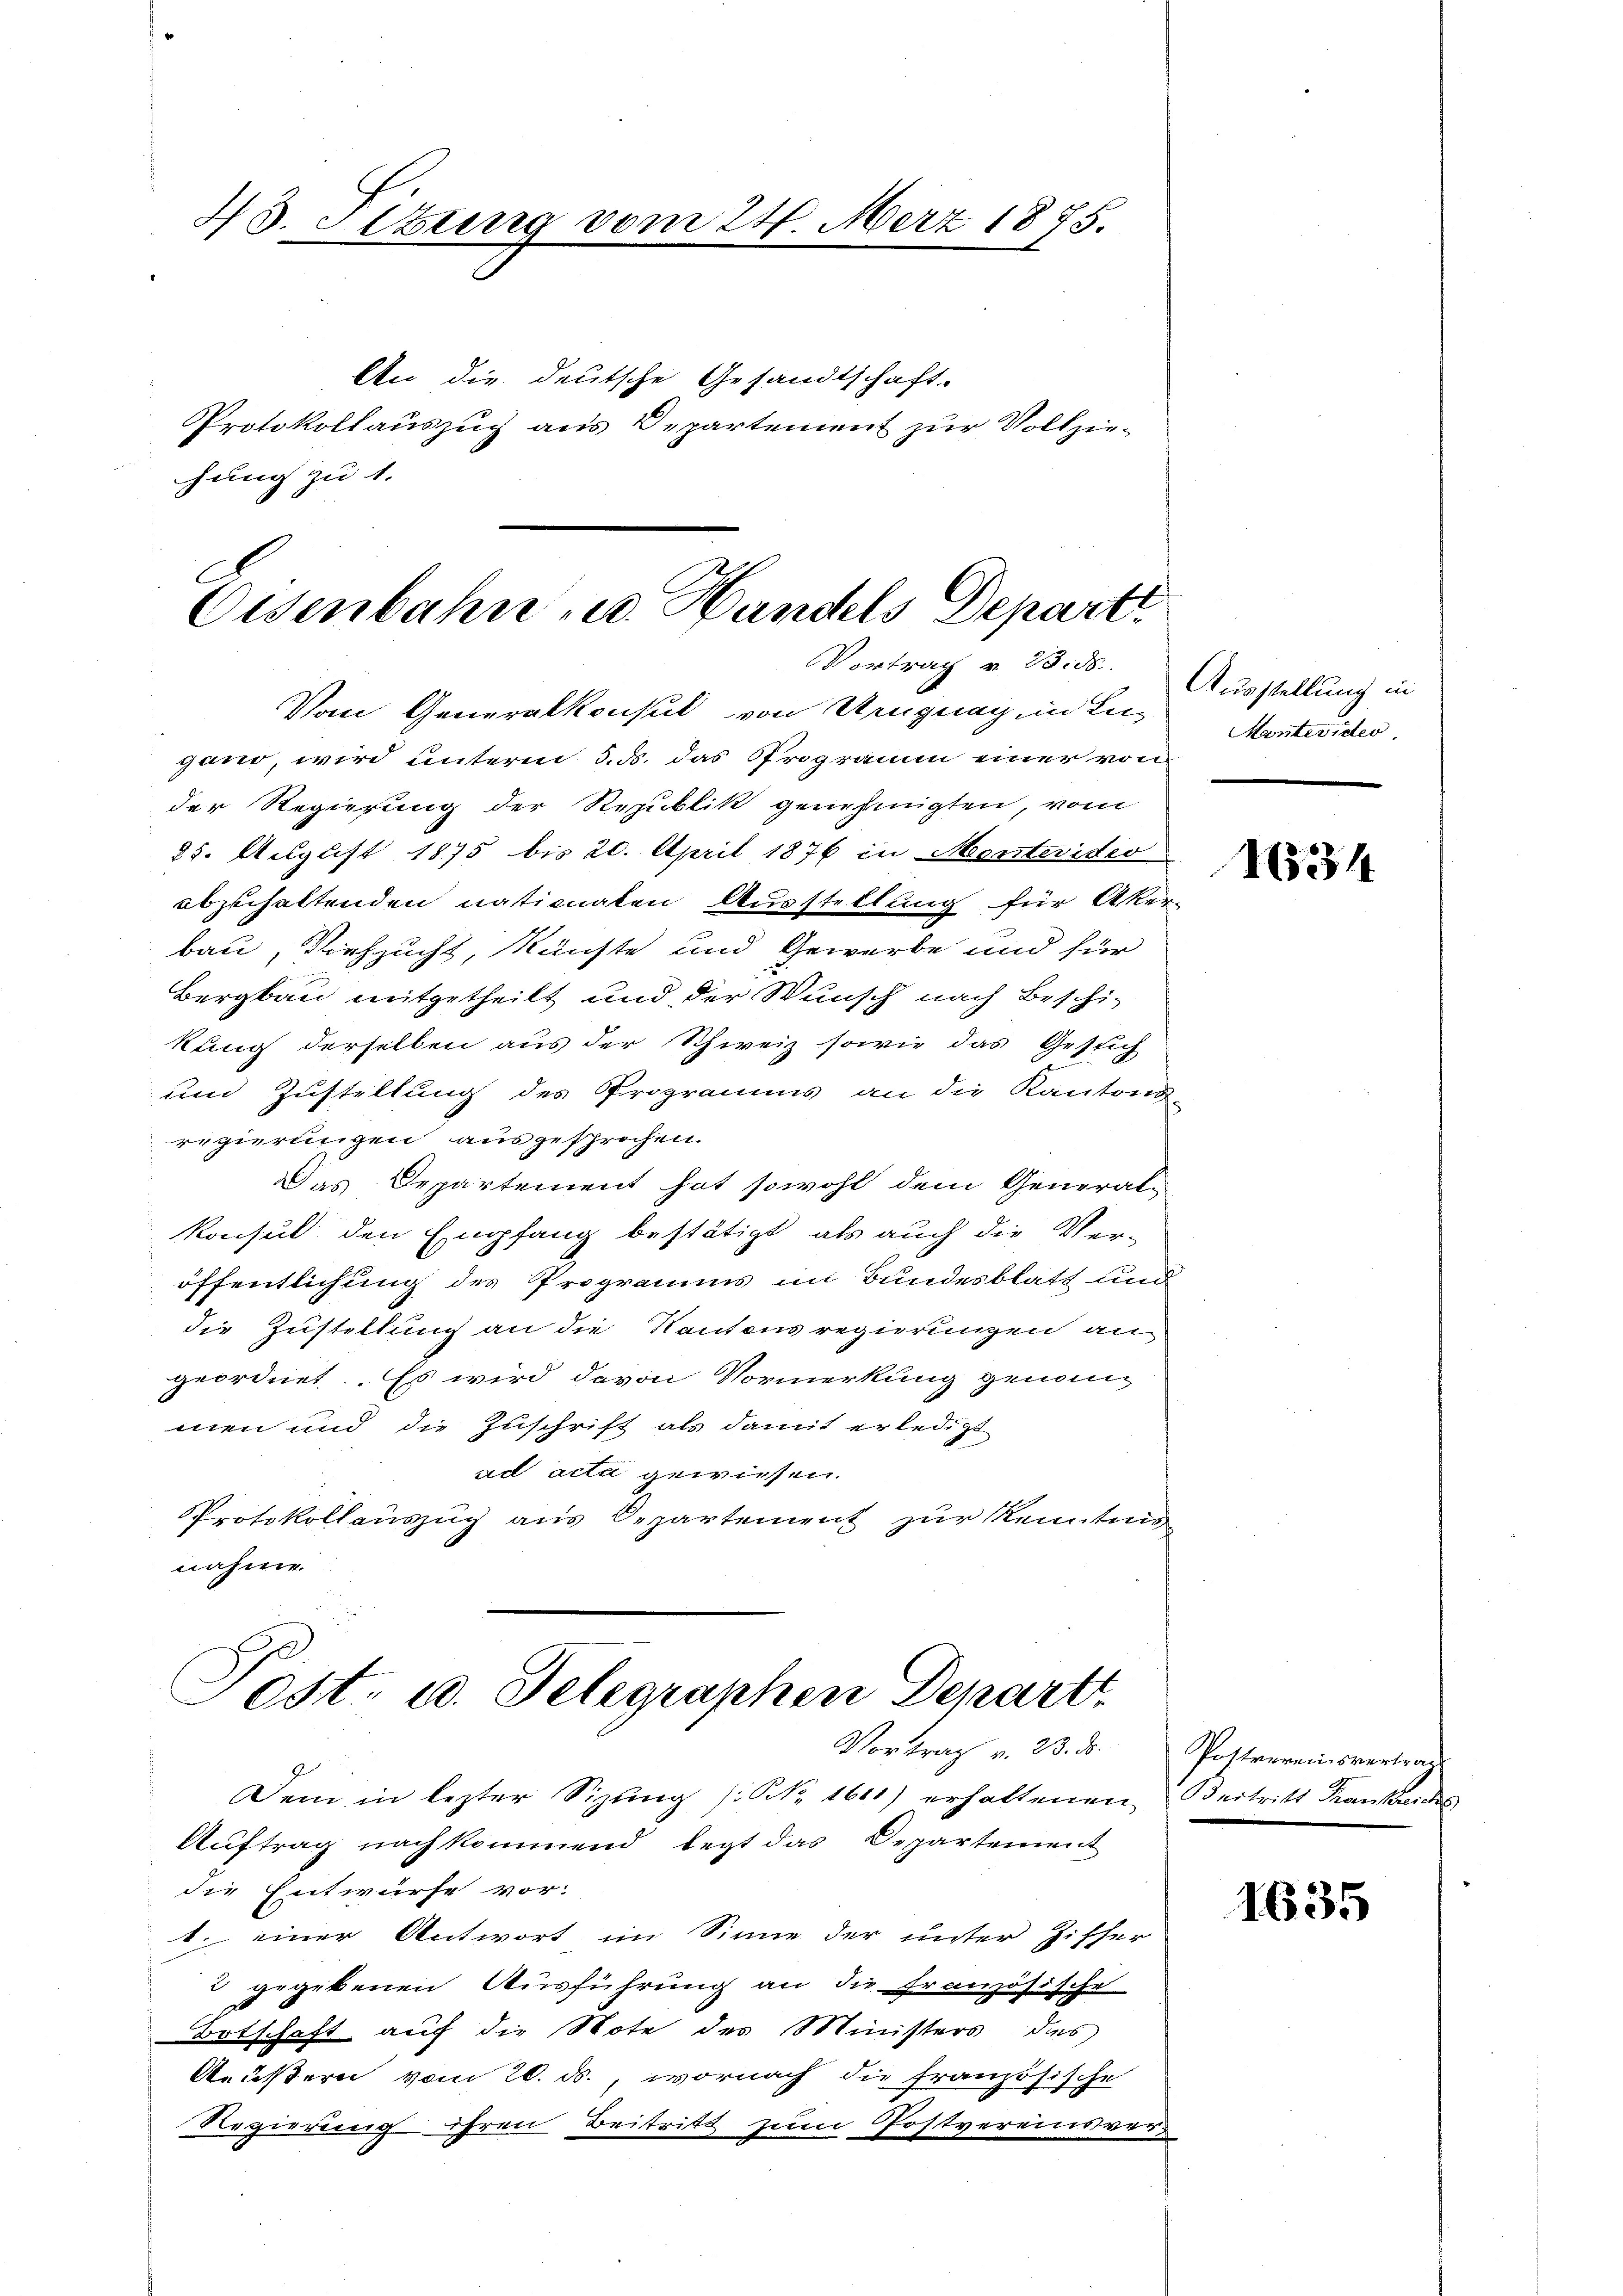
43. Sitzung vom 24. März 1875.
An die deutsche Gesandtschaft-
Protokollauszug aus Departement zur Vollziechung zu 1.

Eisenbahn u. Handels Depart
Vortrag v. 23. ds.
Vom Generalkonsul von Ungung in Lu¬

gand, wird unterm 3. ds. das Programm einer von
der Regierung der Republik genehmigten, vom
25. August 1875 bis 20. April 1876 in Montevides
abzuhaltenden nationaten Ausstellung für Aker-
bau, Viehzucht, künste und Gewerbe und für
Bergbau mitgetheilt und der Wunsch nach Beschikung derselben aus der Schweiz sowie das Gesich
und Zustellung des Programms an die Kantons-
regierungen ausgesprochen.
Das Departement hat sowohl dem General-
Konsul den Empfang bestätigt, als auch die Ver-
öffentlichung des Programms im Bundesblatt und
die Zustellung an die Kantonsregierungen an
geordnet. Es wird davon Vormerkung genommen und die Zuschrift als damit erledigt
ad acta gewiesen.
Protokollauszug aus Departement zur Kenntnis
nahme.

Post, u. Telegraphen Departt

Vortrag v. 23. ds.
Dein in lezter Sizung (S. 1611) erhaltenen
Auftrag nach kommend legt das Departement
die Entwurfe vor:
t. einer Antwort im Sinne der unter Ziffer
2 gegebenen Ausführung an die französische

Botschaft auf die Note des Ministers das
Aeußern vom 20. ds., wornach die französische
Regierung ihren Beitritt zum Postvereinsver¬

Ausstellung in
Mantevider.

1634

Postvereinsvertrag
Oestritt Frankreichs

1635